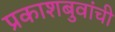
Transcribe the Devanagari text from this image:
प्रकाशबुवांची